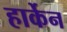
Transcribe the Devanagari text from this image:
हार्केन